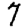
Digit: 7